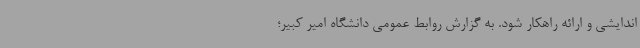
اندایشی و ارائه راهکار شود. به گزارش روابط عمومی دانشگاه امیر کبیر؛